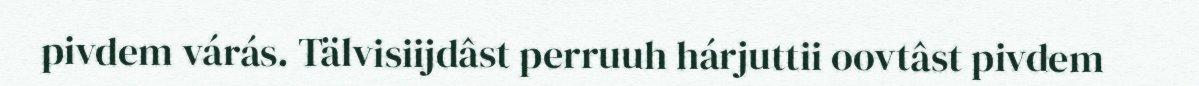
pivdem várás. Tälvisiijdâst perruuh hárjuttii oovtâst pivdem